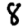
Digit: 8